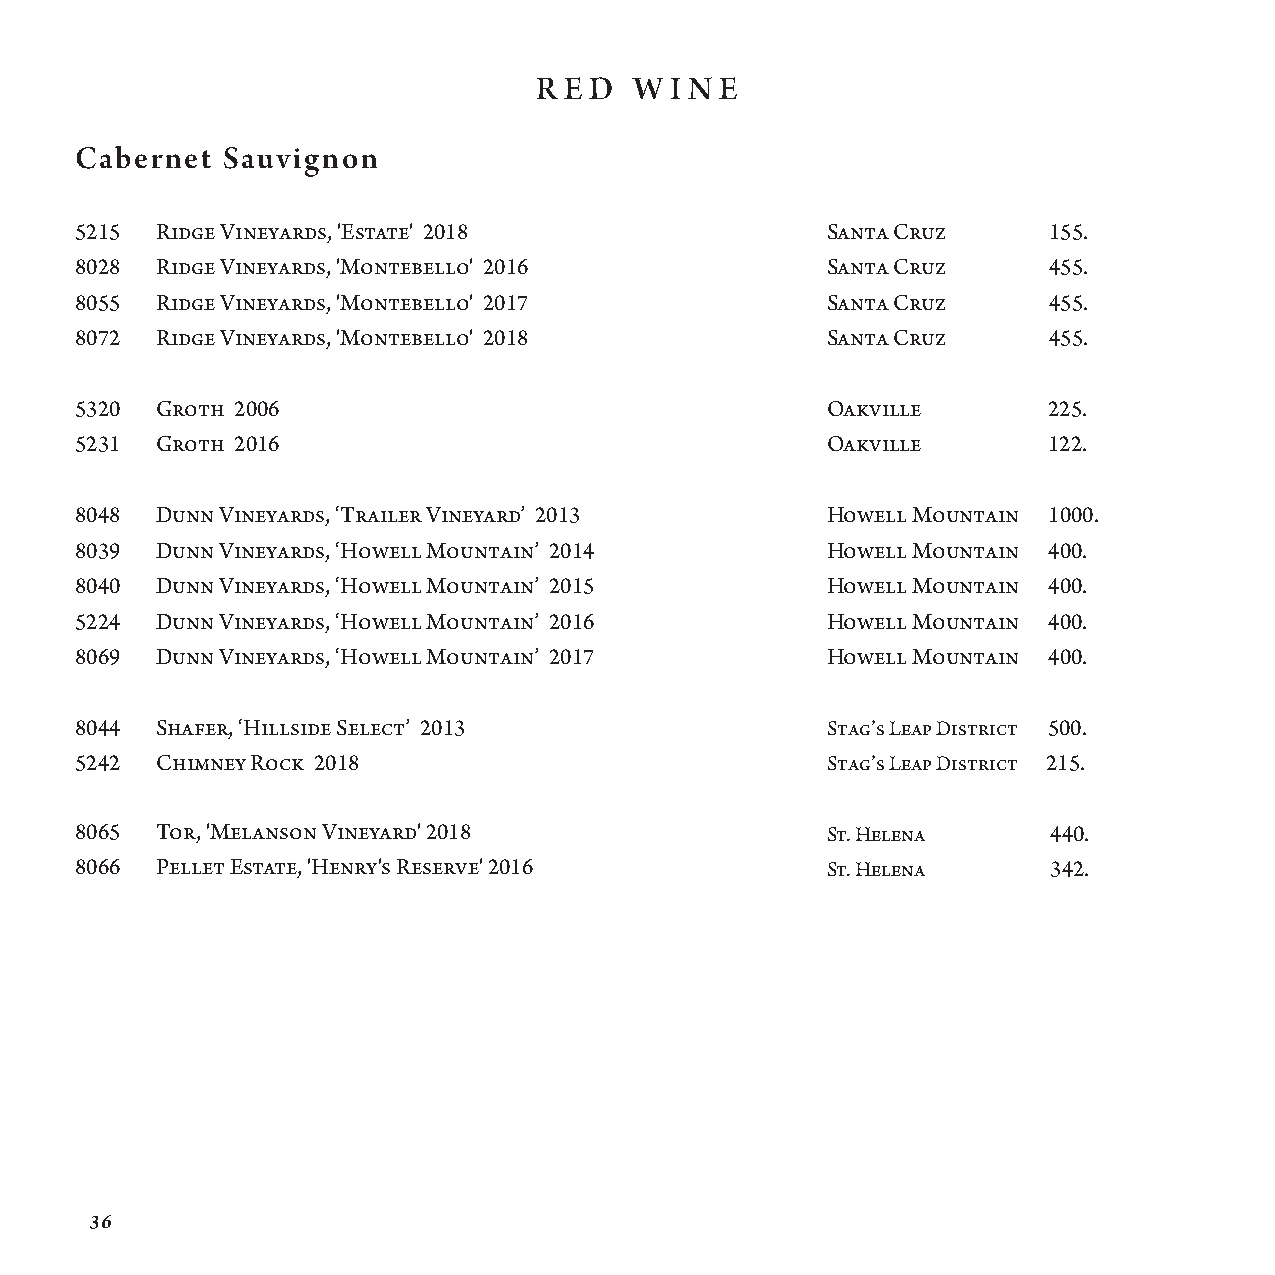
R E D  W I N E
 Cabernet  Sauvignon
 5215 Ridge Vineyards, 'Estate' 2018               Santa Cruz    155.
 8028 Ridge Vineyards, 'Montebello' 2016           Santa Cruz    455.
 8055 Ridge Vineyards, 'Montebello' 2017           Santa Cruz    455.
 8072 Ridge Vineyards, 'Montebello' 2018           Santa Cruz    455.
 5320 Groth 2006                                   Oakville      225.
 5231 Groth 2016                                   Oakville      122.
 8048 Dunn Vineyards, ‘Trailer Vineyard’ 2013      Howell Mountain 1000.
 8039 Dunn Vineyards, ‘Howell Mountain’ 2014       Howell Mountain 400.
 8040 Dunn Vineyards, ‘Howell Mountain’ 2015       Howell Mountain 400.
 5224 Dunn Vineyards, ‘Howell Mountain’ 2016       Howell Mountain 400.
 8069 Dunn Vineyards, ‘Howell Mountain’ 2017       Howell Mountain 400.
 8044 Shafer, ‘Hillside Select’ 2013               Stag’s Leap District 500.
 5242 Chimney Rock 2018                            S tag’s Leap District 215.
 8065 Tor, 'Melanson Vineyard' 2018                S t. Helena    440.
 8066 Pellet Estate, 'Henry's Reserve' 2016        S t. Helena    342.
 36